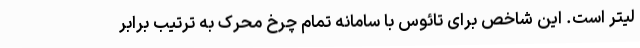
لیتر است. این شاخص برای تائوس با سامانه تمام چرخ محرک به ترتیب برابر